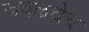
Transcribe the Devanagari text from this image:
जवळचेच